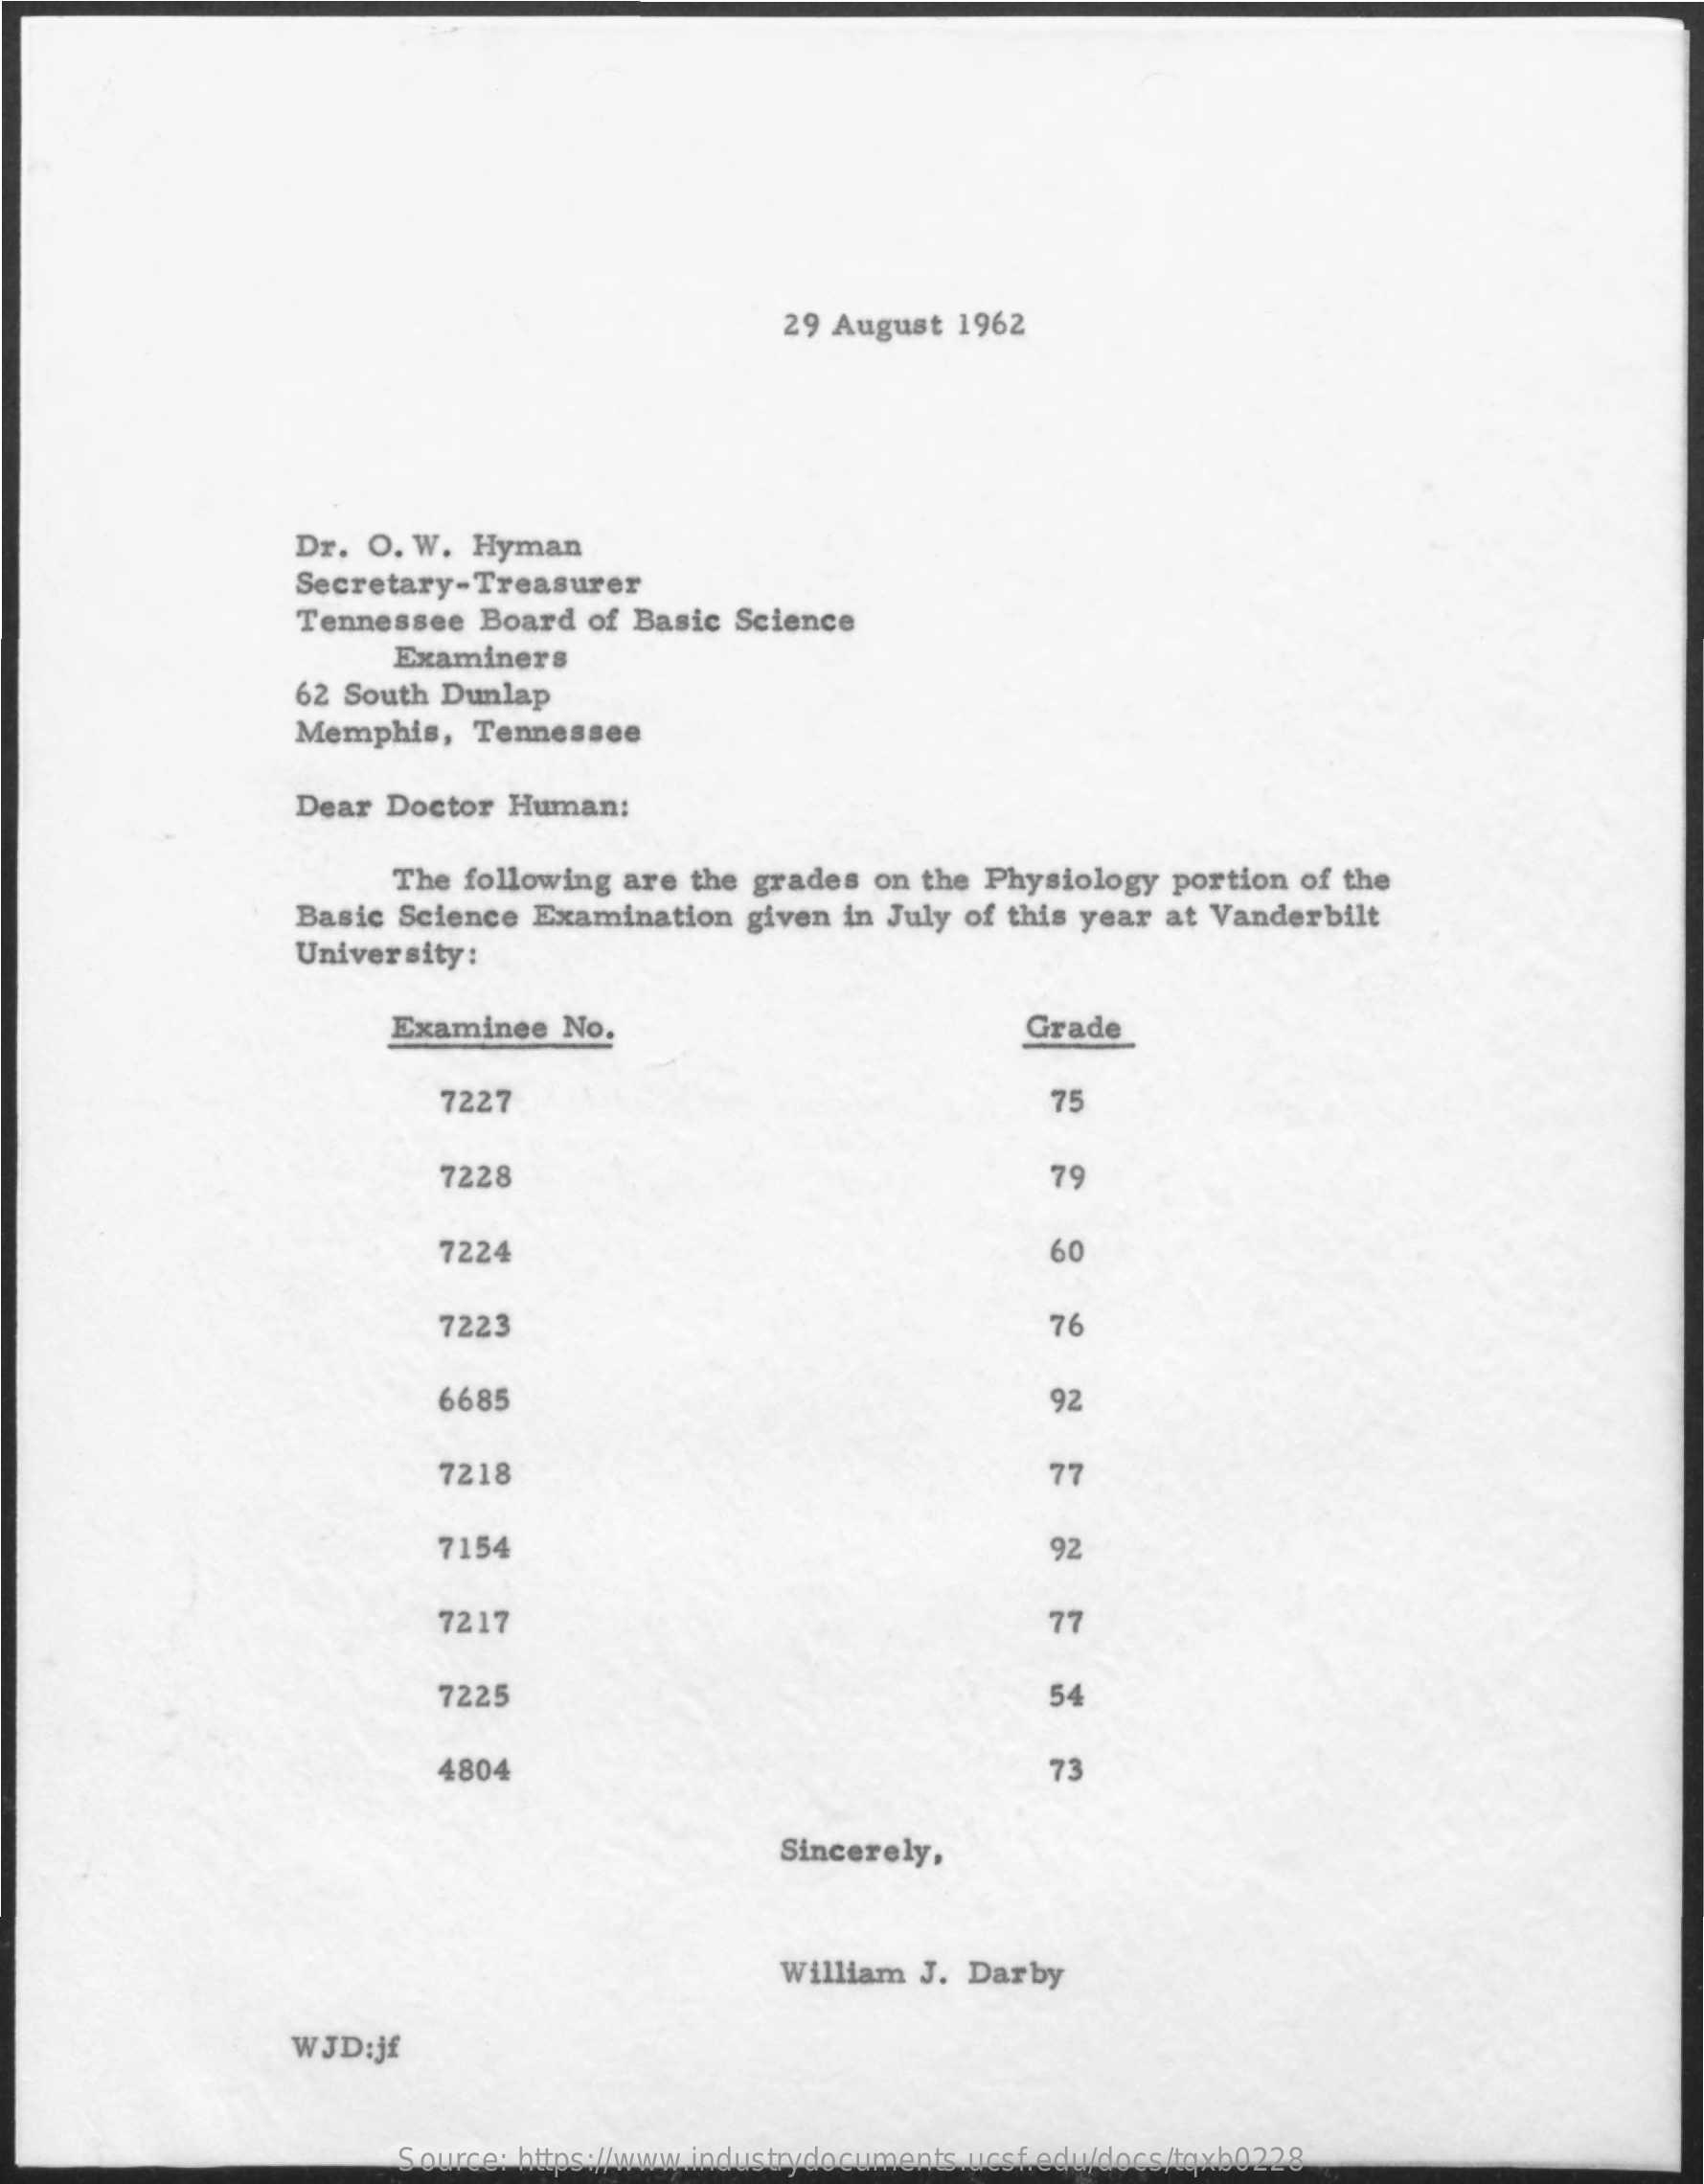
29 August  1962
     Dr.  O. W.  Hyman
     Secretary-Treasurer
     Tennessee  Board  of Basic  Science
     Examiners
     62 South  Dunlap
     Memphis,    Tennessee
     Dear  Doctor  Human:
     The following  are the grades  on the Physiology  portion  of the
     Basic Science  Examination   given in July of this year at Vanderbilt
     University:
     Examinee   No.    Grade
     7227    75
     7228    79
     7224    60
     7223    76
     6685    92
     7218    77
     7154    92
     7217    77
     7225    54
     4804    73
     Sincerely,
     William  J. Darby
     WJD:jf
     Source: https://www.industrydocuments.ucsf.edu/docs/tqxb0228